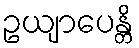
ဥယျာပေန္တိ